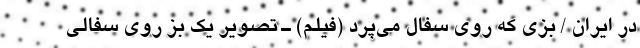
در ایران / بزی که روی سفال می‌پرد (فیلم) ـ تصویر یک بز روی سفالی